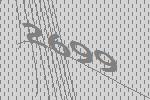
2699